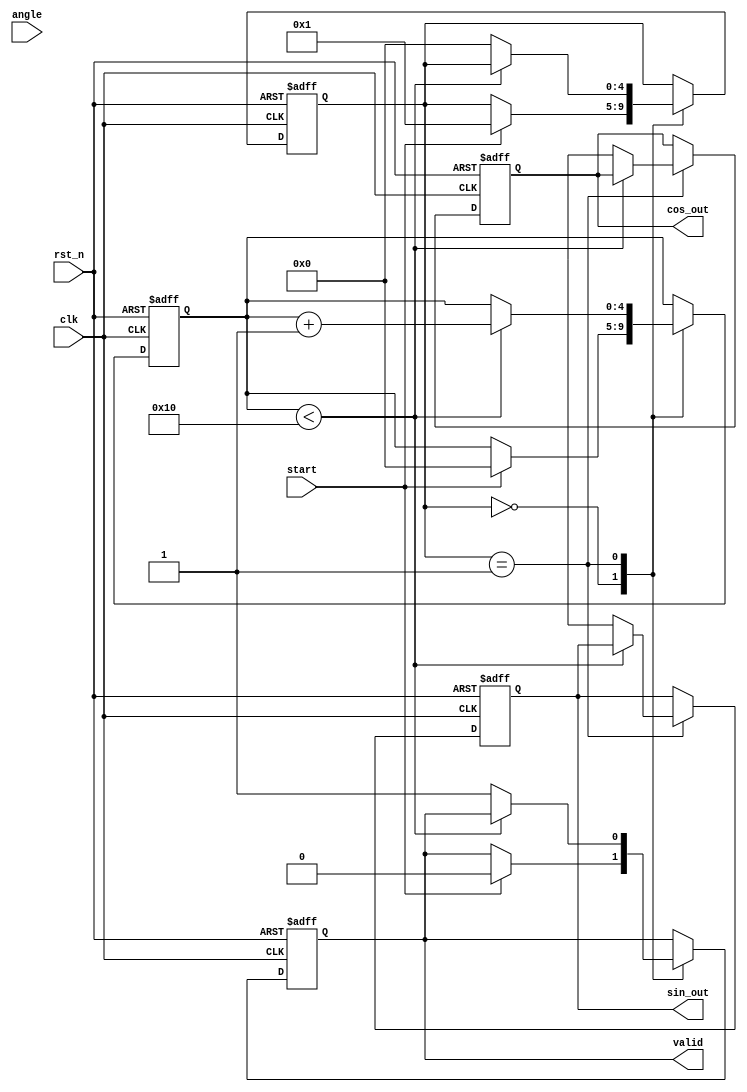
module pipelined_cordic #(
    parameter DATA_WIDTH = 16,     // Configurable data width
    parameter ITERATIONS = 16       // Number of CORDIC iterations
) (
    input clk,
    input rst_n,
    input start,
    input signed [DATA_WIDTH-1:0] angle,  // Input angle in radians
    output reg signed [DATA_WIDTH-1:0] sin_out,   // Sine output
    output reg signed [DATA_WIDTH-1:0] cos_out,   // Cosine output
    output reg valid
);

    // CORDIC gain constant (K)
    localparam signed [DATA_WIDTH-1:0] K = 16'h26DD; // Approx of 0.607252935

    // Internal registers for computation
    reg signed [DATA_WIDTH-1:0] x[0:ITERATIONS-1];
    reg signed [DATA_WIDTH-1:0] y[0:ITERATIONS-1];
    reg signed [DATA_WIDTH-1:0] z[0:ITERATIONS-1];

    reg [4:0] state;
    reg [4:0] iteration;

    // CORDIC rotation angles
    reg signed [DATA_WIDTH-1:0] angle_table[0:ITERATIONS-1];

    initial begin
        // Initialize angle table for CORDIC
        angle_table[0] = 16'hB90B; // -45 degrees
        angle_table[1] = 16'hA3D7; // -26.565 degrees
        angle_table[2] = 16'hC90F; // -14.036 degrees
        angle_table[3] = 16'hC1D8; // -7.125 degrees
        angle_table[4] = 16'hB172; // -3.576 degrees
        angle_table[5] = 16'hA45A; // -1.790 degrees
        angle_table[6] = 16'h9A9E; // -0.463 degrees
        angle_table[7] = 16'h9116; // -0.244 degrees
        angle_table[8] = 16'h8A0B; // -0.124 degrees
        angle_table[9] = 16'h8369; // -0.062 degrees
        angle_table[10] = 16'h7F9D; // -0.031 degrees
        angle_table[11] = 16'h7C1C; // -0.016 degrees
        angle_table[12] = 16'h79D1; // -0.008 degrees
        angle_table[13] = 16'h77E8; // -0.004 degrees
        angle_table[14] = 16'h7602; // -0.002 degrees
        angle_table[15] = 16'h747E; // -0.001 degrees
    end

    always @(posedge clk or negedge rst_n) begin
        if (!rst_n) begin
            // Reset outputs and states
            sin_out <= 0;
            cos_out <= K; // cos(0) = K
            valid <= 0;
            state <= 0;
            iteration <= 0;
            x[0] <= K; // Initial x = K
            y[0] <= 0; // Initial y = 0
        end else begin
            case (state)
                0: begin
                    if (start) begin
                        // Load input angle
                        z[0] <= angle;
                        x[0] <= K; // cos(0)
                        y[0] <= 0; // sin(0)
                        iteration <= 0;
                        valid <= 0;
                        state <= 1;
                    end
                end
                1: begin
                    if (iteration < ITERATIONS) begin
                        // Perform CORDIC rotation
                        if (z[iteration] < 0) begin
                            // Rotate clockwise
                            x[iteration + 1] <= x[iteration] + (y[iteration] >>> iteration);
                            y[iteration + 1] <= y[iteration] - (x[iteration] >>> iteration);
                            z[iteration + 1] <= z[iteration] + angle_table[iteration];
                        end else begin
                            // Rotate counterclockwise
                            x[iteration + 1] <= x[iteration] - (y[iteration] >>> iteration);
                            y[iteration + 1] <= y[iteration] + (x[iteration] >>> iteration);
                            z[iteration + 1] <= z[iteration] - angle_table[iteration];
                        end
                        iteration <= iteration + 1;
                    end else begin
                        // Final outputs
                        sin_out <= y[ITERATIONS];
                        cos_out <= x[ITERATIONS];
                        valid <= 1;
                        state <= 0; // Go back to idle
                    end
                end
            endcase
        end
    end
endmodule